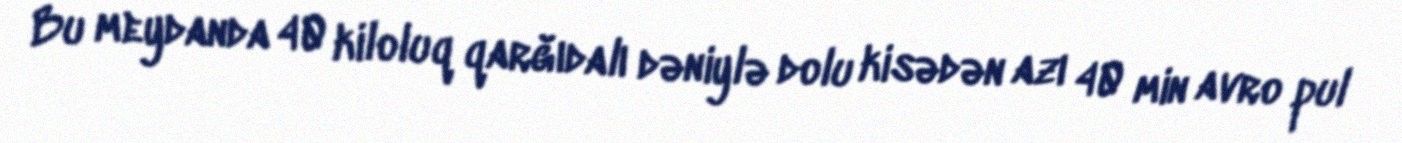
Bu meydanda 40 kiloluq qarğıdalı dəniylə dolu kisədən azı 40 min avro pul